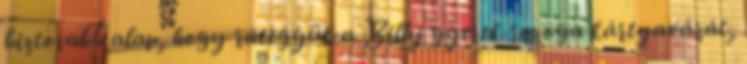
biztosabb alap, hogy rátegyük a Billy gyerek rozoga kártyavárát,